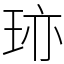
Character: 𤥂